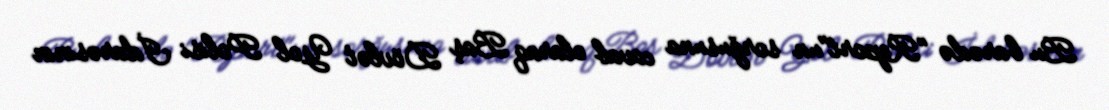
Bu barədə "Report"un sorğusuna cavab olaraq Baş Dövlət Yol Polisi İdarəsinin